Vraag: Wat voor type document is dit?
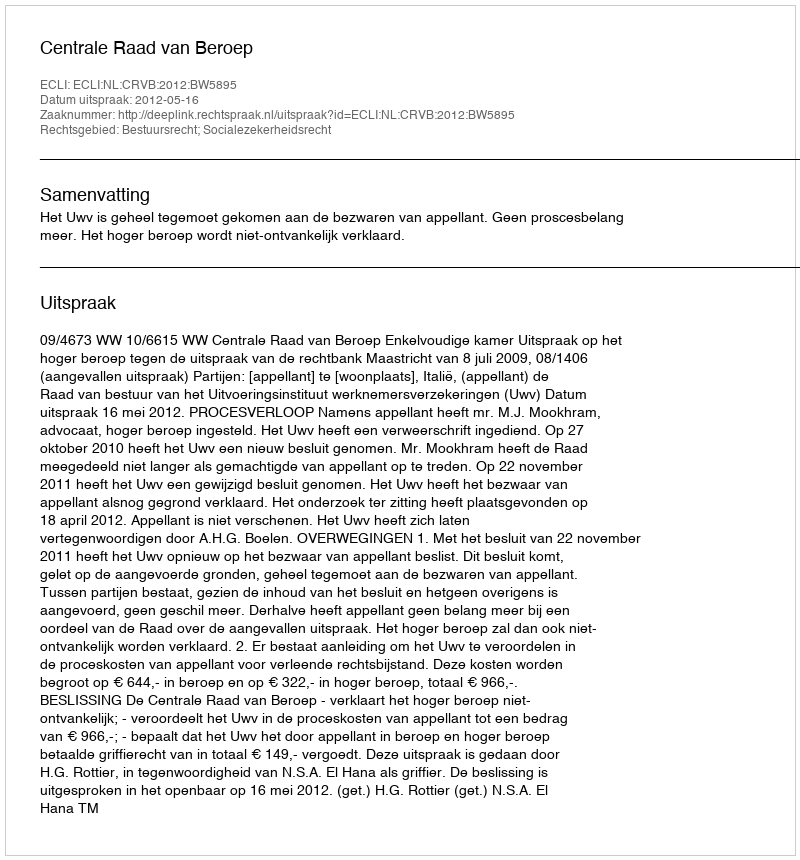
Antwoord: Uitspraak